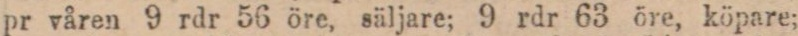
pr våren 9 rdr 56 öre, säljare; 9 rdr 63 öre, köpare;